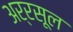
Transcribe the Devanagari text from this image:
अर्रसूल